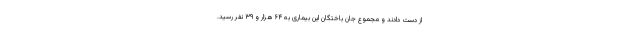
از دست دادند و مجموع جان باختگان این بیماری به ۶۴ هزار و ۳۹ نفر رسید.